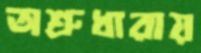
অশ্রুধারায়